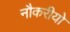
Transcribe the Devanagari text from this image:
नौकरीयो